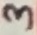
Text: 2